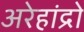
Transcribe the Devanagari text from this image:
अरेहांद्रो